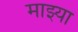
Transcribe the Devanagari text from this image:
माझ्या